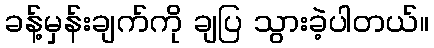
ခန့်မှန်းချက်ကို ချပြ သွားခဲ့ပါတယ်။